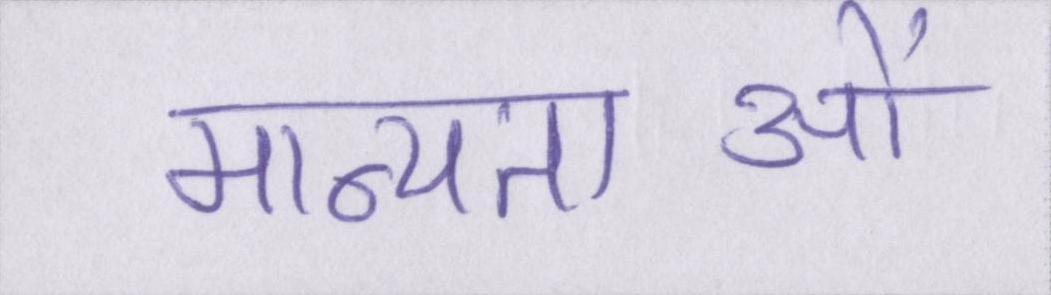
मान्यताओं